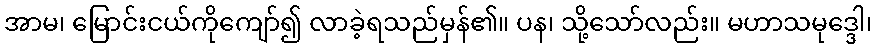
အာမ၊ မြောင်းငယ်ကိုကျော်၍ လာခဲ့ရသည်မှန်၏။ ပန၊ သို့သော်လည်း။ မဟာသမုဒ္ဒေါ၊